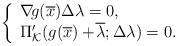
LaTeX: \begin{align*} \left\{\begin{array}{ll} \nabla\!g(\overline{x})\Delta\lambda=0,\\ \Pi_{\mathcal{K}}'(g(\overline{x})+\!\overline{\lambda};\Delta\lambda)=0. \end{array}\right. \end{align*}